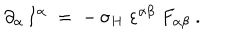
\partial _ { \alpha } \, I ^ { \alpha } \; = \; - \, \sigma _ { H } \; \varepsilon ^ { \alpha \beta } \; F _ { \alpha \beta } ~ .